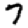
Digit: 7